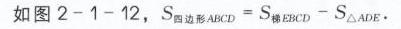
如图2 - 1 - 12，\(S_{四边形ABCD}=S_{梯形EBCD}-S_{\triangle ADE}\)